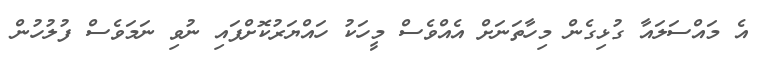
އެ މައްސަލައާ ގުޅިގެން މިހާތަނަށް އެއްވެސް މީހަކު ހައްޔަރުކޮށްފައި ނުވި ނަމަވެސް ފުލުހުން